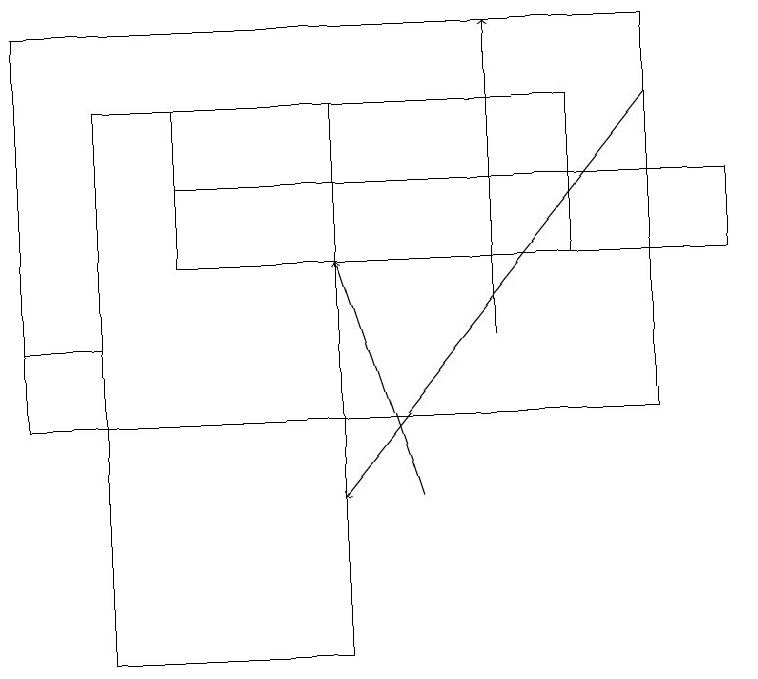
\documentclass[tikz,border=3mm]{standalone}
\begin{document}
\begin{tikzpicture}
\draw[->] (6,14) -- (6,18);
\draw[->] (8,17) -- (4,12);
\draw (2,16) rectangle (9,15);
\draw (8,18) rectangle (0,13);
\draw[->] (5,12) -- (4,15);
\draw (1,13) rectangle (0,14);
\draw (2,17) rectangle (7,15);
\draw (4,17) rectangle (1,10);
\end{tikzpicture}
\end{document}